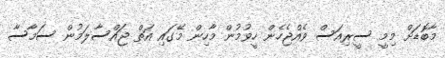
މާބޮޑަށް މިމީ ސީރިއަސް ވެއްޖެހެން ހީވުމުން މާހިން މޭގައި އަތް ޖައްސާލަމުން ސަމާސާ